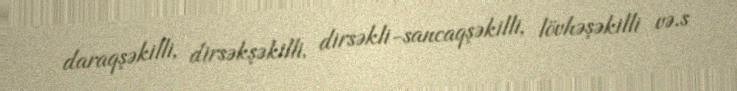
daraqşəkilli, dirsəkşəkilli, dirsəkli-sancaqşəkilli, lövhəşəkilli və.s